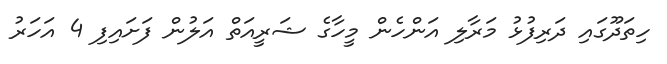
ހިތަދޫގައި ދަރިފުޅު މަރާލި އަންހެން މީހާގެ ޝަރީއަތް އަލުން ފަށައިފި 4 އަހަރު